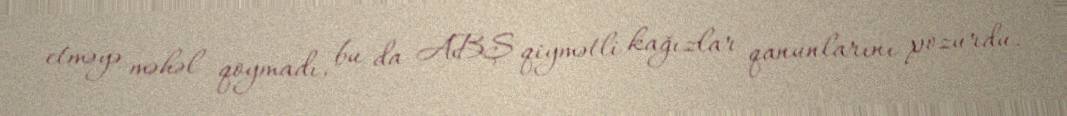
etməyə məhəl qoymadı, bu da ABŞ qiymətli kağızlar qanunlarını pozurdu.